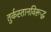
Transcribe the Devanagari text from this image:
तुर्कस्तानविरूद्ध